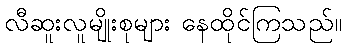
လီဆူးလူမျိုးစုများ နေထိုင်ကြသည်။